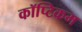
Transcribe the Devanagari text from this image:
कॉप्टिकम